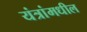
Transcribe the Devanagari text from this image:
यंत्रांमधील